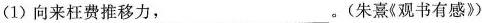
（1）向来枉费推移力，___。（朱熹《观书有感》）